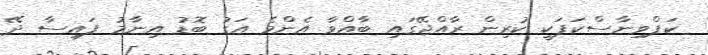
ކަޕްވިނާސްކަޕަކީ ކުރިން ރާއްޖޭގައި ބާއްވާ އެންމެ އަގު ބޮޑު އިނާމު ފައިސާ ދޭ